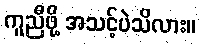
ကူညီဖို့ အသင့်ပဲသိလား။